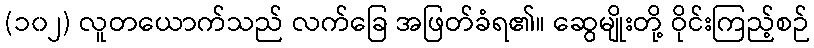
(၁၀၂) လူတယောက်သည် လက်ခြေ အဖြတ်ခံရ၏။ ဆွေမျိုးတို့ ဝိုင်းကြည့်စဉ်